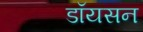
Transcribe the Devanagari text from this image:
डॉयसन